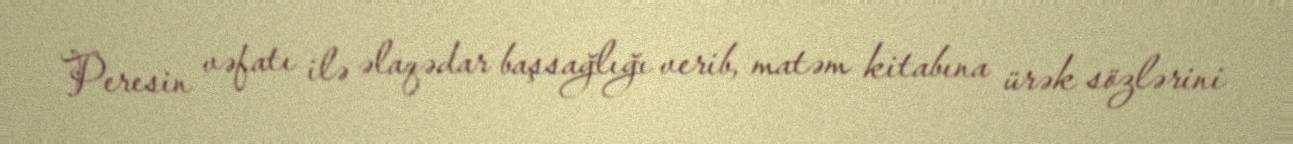
Peresin vəfatı ilə əlaqədar başsağlığı verib, matəm kitabına ürək sözlərini